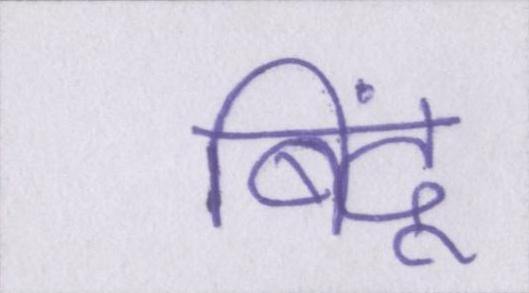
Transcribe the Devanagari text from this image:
बिंदू